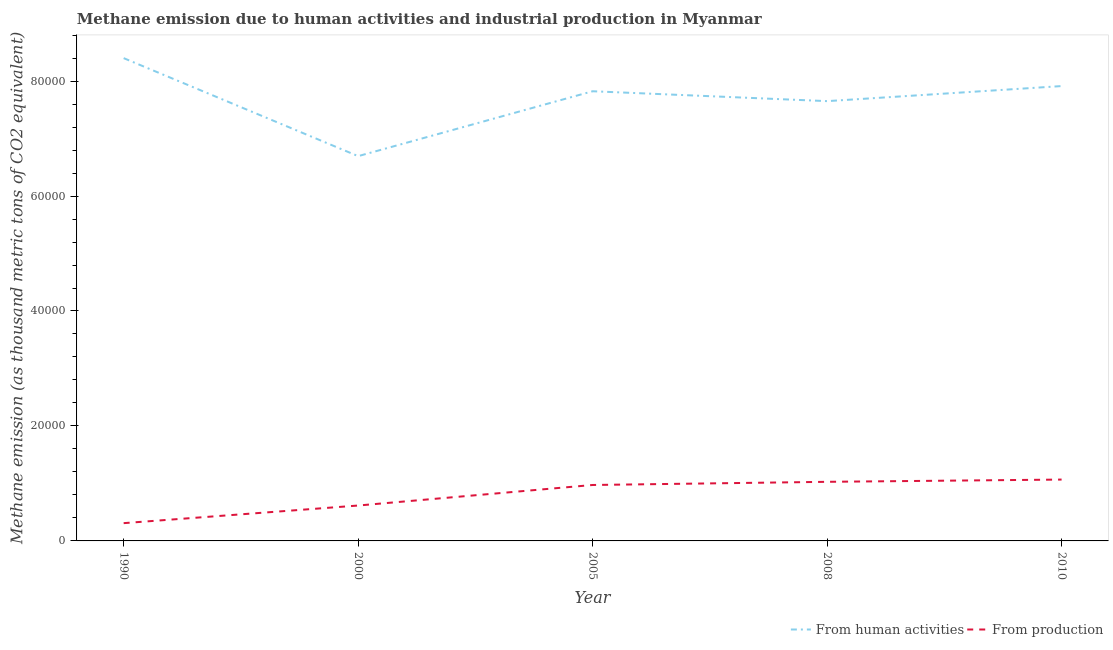
| Year | From human activities | From production |
 | --- | --- | --- |
 | 1990 | 8.4e+04 | 3.09e+03 |
 | 2000 | 6.69e+04 | 6.16e+03 |
 | 2005 | 7.82e+04 | 9.73e+03 |
 | 2008 | 7.65e+04 | 1.03e+04 |
 | 2010 | 7.91e+04 | 1.07e+04 |